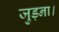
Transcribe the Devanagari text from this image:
जुड़ना।